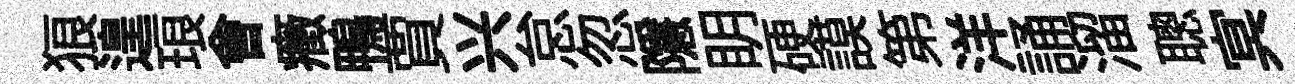
狼遑琅㑹癥鴨賈兴怠忽隱眀硬謨第洋誦溜聰㝠